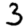
Digit: 3